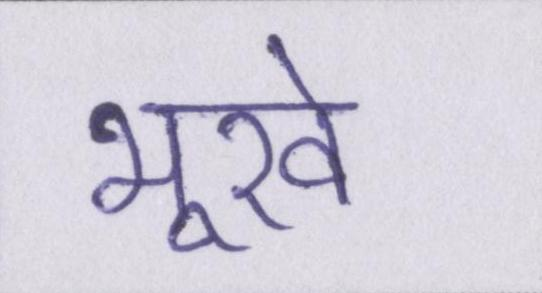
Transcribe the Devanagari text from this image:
भूखे